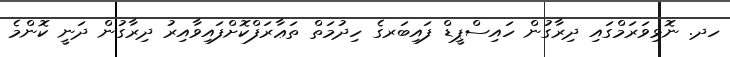
ހދ. ނޮޅިވަރަމްގައި ދިރާގުން ހައިސްޕީޑް ފައިބަރގެ ހިދުމަތް ތަޢާރަފްކޮށްފައިވާއިރު ދިރާގުން ދަނީ ކޮންމެ